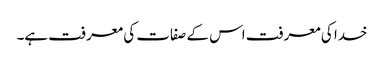
خدا کی معرفت اس کے صفات کی معرفت ہے۔